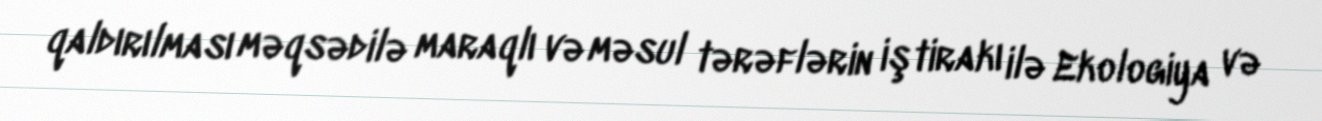
qaldırılması məqsədilə maraqlı və məsul tərəflərin iştirakı ilə Ekologiya və